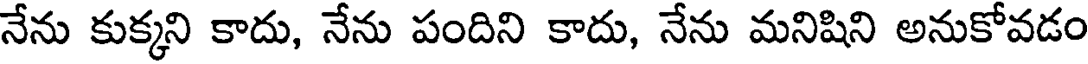
నేను కుక్కని కాదు, నేను పందిని కాదు, నేను మనిషిని అనుకోవడం